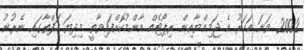
2002 ވަނަ އަހަރު އެ ޖަމިއްޔާއިން ރިޕޯޓެއް އާންމުކޮށްފައިވާތީ މިދިޔަ ހަފްތާގައި ނެރުނު